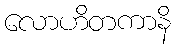
လောဟိတကာနိ